Report of an investigation into the causes of the diseases known in Assam as Kála-Azár and Beri-Beri
Disease focus: Beri-Beri
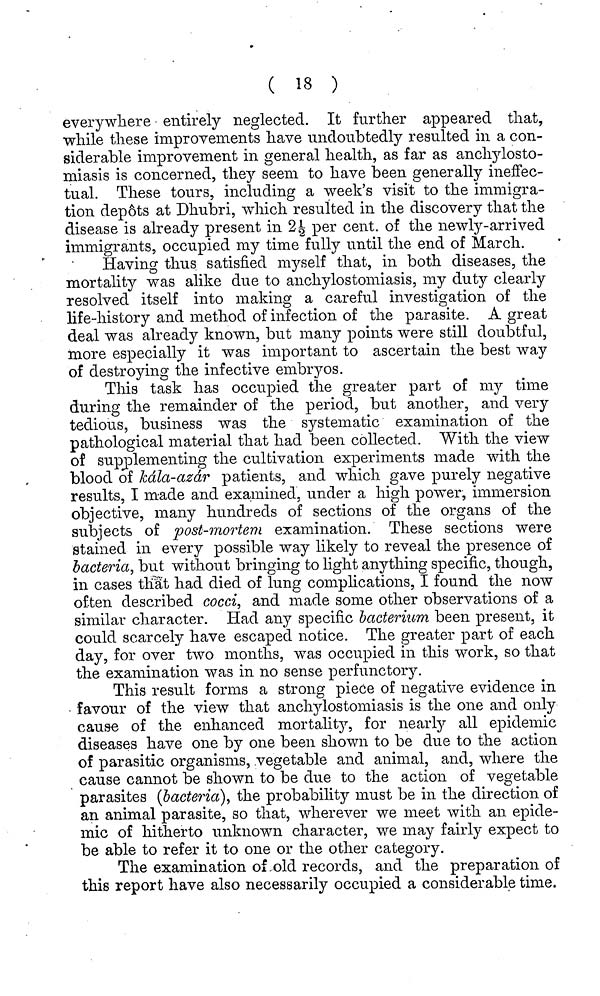
( 18 )
everywhere entirely neglected. It further appeared that,
while these improvements have undoubtedly resulted in a con-
siderable improvement in general health, as far as anchylosto-
miasis is concerned, they seem to have been generally ineffec-
tual. These tours, including a week's visit to the immigra-
tion depots at Dhubri, which resulted in the discovery that the
disease is already present in 2½ per cent, of the newly-arrived
immigrants, occupied my time fully until the end of March.
Having thus satisfied myself that, in both diseases, the
mortality was alike due to anchylostomiasis, my duty clearly
resolved itself into making a careful investigation of the
life-history and method of infection of the parasite. A great
deal was already known, but many points were still doubtful,
more especially it was important to ascertain the best way
of destroying the infective embryos.
This task has occupied the greater part of my time
during the remainder of the period, but another, and very
tedious, business was the systematic examination of the
pathological material that had been collected. With the view
of supplementing the cultivation experiments made with the
blood of kála-azár patients, and which gave purely negative
results, I made and examined, under a high power, immersion
objective, many hundreds of sections of the organs of the
subjects of post-mortem examination. These sections were
stained in every possible way likely to reveal the presence of
bacteria, but without bringing to light anything specific, though,
in cases that had died of lung complications, I found the now
often described cocci, and made some other observations of a
similar character. Had any specific bacterium been present, it
could scarcely have escaped notice. The greater part of each
day, for over two months, was occupied in this work, so that
the examination was in no sense perfunctory.
This result forms a strong piece of negative evidence in
favour of the view that anchylostomiasis is the one and only
cause of the enhanced mortality, for nearly all epidemic
diseases have one by one been shown to be due to the action
of parasitic organisms, vegetable and animal, and, where the
cause cannot be shown to be due to the action of vegetable
parasites (bacteria), the probability must be in the direction of
an animal parasite, so that, wherever we meet with an epide-
mic of hitherto unknown character, we may fairly expect to
be able to refer it to one or the other category.
The examination of old records, and the preparation of
this report have also necessarily occupied a considerable time.